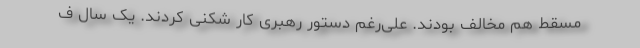
مسقط هم مخالف بودند. علی‌رغم دستور رهبری کار شکنی کردند. یک سال ف